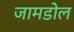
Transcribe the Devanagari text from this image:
जामडोल